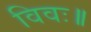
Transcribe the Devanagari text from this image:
विवः॥